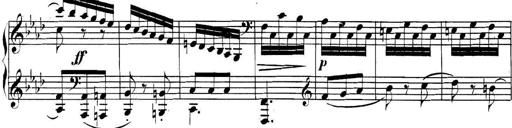
Title: Collected Piano Sonatas
Composer: Muzio Clementi